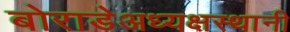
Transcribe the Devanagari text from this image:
बोराडेअध्यक्षस्थानी